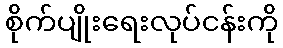
စိုက်ပျိုးရေးလုပ်ငန်းကို